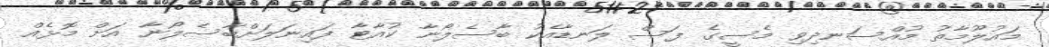
މައުލޫމާތު މުއްސަނދިވި މެސީގެ ފަސް ލަނޑާއެކު ބާސެލޯނާ ކުއާޓާ ފައިނަލަށްބާސެލޯނާ އަށް މޮޅެއް